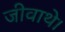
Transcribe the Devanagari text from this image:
जीवाथे।